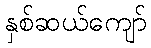
နှစ်ဆယ်ကျော်